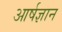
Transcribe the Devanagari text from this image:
आर्षज्ञान